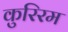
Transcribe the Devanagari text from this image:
कुरिरम